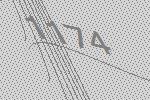
1174